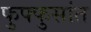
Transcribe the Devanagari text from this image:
फुफ्फुसांत